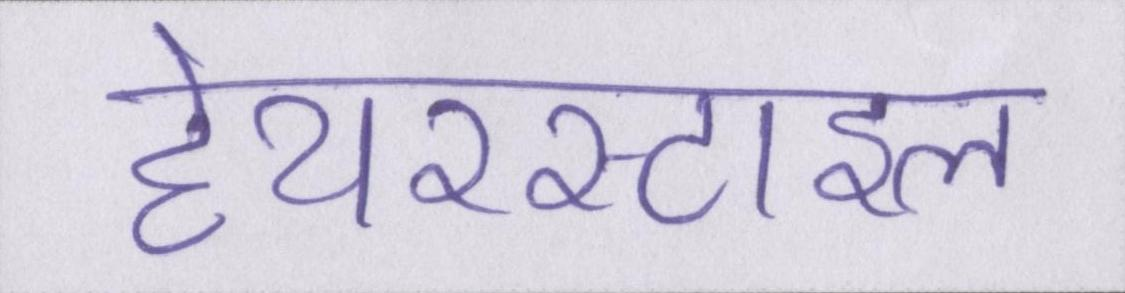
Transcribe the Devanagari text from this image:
हेयरस्टाइल